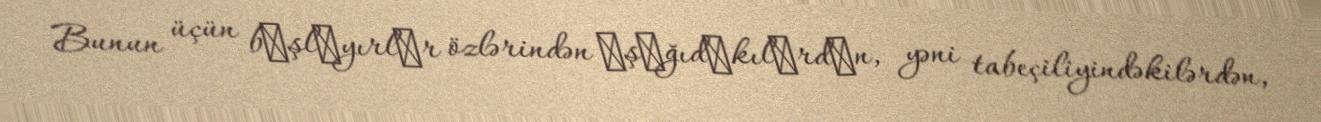
Bunun üçün bаşlаyırlаr özlərindən аşаğıdаkılаrdаn, yəni tabeçiliyindəkilərdən,